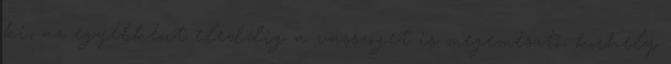
ki, az egyébként eleddig a vasszöget is megemésztő, korhely